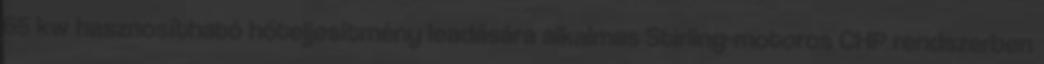
65 kw hasznosítható hőteljesítmény leadására alkalmas Stirling-motoros CHP rendszerben